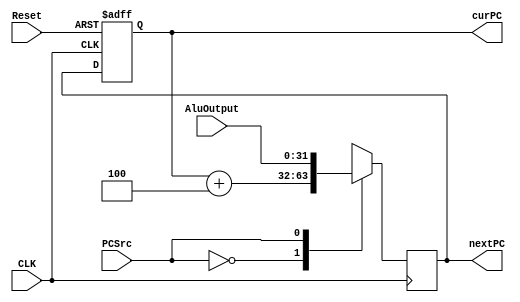
`timescale 10ps / 1ps
module PC(
        input CLK,               
        input Reset,            
        input PCSrc,             
        input [31:0] AluOutput,  
        output reg[31:0] curPC,  
        output reg[31:0] nextPC  
    );

   initial begin
        curPC <= 0; 
        nextPC <= 4;
    end



    always@(negedge CLK)
    begin
        case(PCSrc)   
            1'b0:   nextPC <= curPC + 4;
            1'b1:   nextPC <= AluOutput;
            default:  nextPC <= curPC + 4;
        endcase
    end


    always@(posedge CLK or posedge Reset)
    begin
        if(Reset) 
            curPC <= 0;
        else 
            curPC <= nextPC;
    end


  
  
endmodule